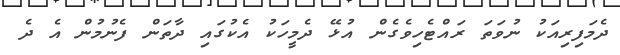
ދެމަފިރިއަކު ނުވަތަ ރައްޓެހިވެގެން އުޅޭ ދެމީހަކު އެކުގައި ދާތަން ފެނުމުން އެ ދެ